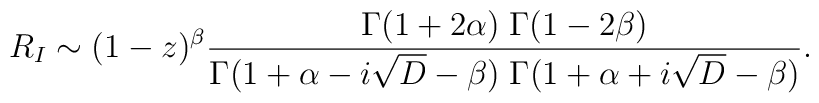
R_I\sim (1-z)^\beta{\Gamma(1+2\alpha)\;\Gamma(1-2\beta)\over\Gamma(1+ \alpha-i\sqrt{D} -\beta)\;\Gamma(1+ \alpha+i\sqrt{D} -\beta)}.